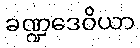
ခဏ္ဍဒေဝိယာ